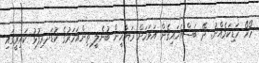
ހޯހޯ ހަޑިކަމެއްނު. ދޭ ބަސްއަހައިގެން އަވަހަށް ރަޔާހީން ބުނެލީ ތިންއަހަރުގެ ކުޑަދރިފުޅު ކައިރީގައި